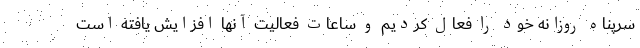
سرپناه روزانه خود را فعال کردیم و ساعات فعالیت آنها افزایش یافته است